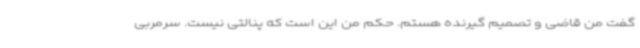
گفت من قاضی و تصمیم گیرنده هستم. حکم من این است که پنالتی نیست. سرمربی